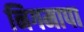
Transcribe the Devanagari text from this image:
निगमापा